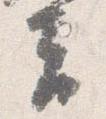
夫